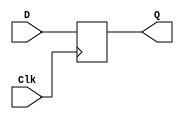
`timescale 1ns / 1ps

module DFF(
    input D, Clk,
    output reg Q
    );
    
    always @(posedge Clk)
        Q <= D;
    
endmodule

module INV(
    input A,
    output B
    );
    
    assign B = ~A;
endmodule

module threeBitReg(
        input [2:0]D,
        input Clk,
        output [2:0]Q
    );
    
    DFF dff1(.D(D[0]), .Clk(Clk), .Q(Q[0]));
    DFF dff2(.D(D[1]), .Clk(Clk), .Q(Q[1]));
    DFF dff3(.D(D[2]), .Clk(Clk), .Q(Q[2]));
endmodule

module twoBitReg(
        input [1:0]D,
        input Clk,
        output [1:0]Q
    );
    
    DFF dff1(.D(D[0]), .Clk(Clk), .Q(Q[0]));
    DFF dff2(.D(D[1]), .Clk(Clk), .Q(Q[1]));
endmodule

module genMUX(
    input [1:0]S,
    input A, B, C, D,
    output Out
    );
    
    assign Out = S[1] ? (S[0] ? D : C) : (S[0] ? B : A);
    
endmodule

module MUX(
    input [1:0]S,
    input YFULL, NCTO, NEMPTY,
    output Out
    );
    
    genMUX m1(.S(S), .A(YFULL), .B(NCTO), .C(NEMPTY), .Out(Out));
    
endmodule

module genDECODER(
    input [1:0]Code,
    output reg [3:0]Data
    );
    
    always @(Code)
    begin
        if(Code == 0) Data = 4'b0001; else
        if(Code == 1) Data = 4'b0010; else
        if(Code == 2) Data = 4'b0100; else
        if(Code == 3) Data = 4'b1000; else
                      Data = 4'bx;
    end
    
endmodule

module DEC1(
    input [1:0]S,
    output HBELL, LCOLDW, HAGIT
    );
    wire hanging;
    genDECODER dec1(.Code(S), .Data({hanging ,HAGIT, LCOLDW, HBELL}));
    
endmodule

module DEC2(
    input [1:0]S,
    output LSPIN, HWOUT, HWIN
    );
    wire hanging;
    genDECODER dec1(.Code(S), .Data({HWIN, HWOUT, LSPIN, hanging}));
    
endmodule

module ROM(
    input [5:0]A,
    output reg [8:0]D
    );
    
//    initial
//    D <= 9'b000_00_00_11;
    
    always @(A)
    case(A)
        //State0
        6'b000_0_0_0 : D <= 9'b000_00_00_11;
        6'b000_1_1_0 : D <= 9'b000_00_11_01;
        6'b000_1_0_0 : D <= 9'b000_00_11_11;
        6'b000_1_0_1 : D <= 9'b001_01_00_11;
        //State1
        6'b001_0_0_0 : D <= 9'b001_01_00_11;
        6'b001_1_0_0 : D <= 9'b010_10_00_11;
        6'b001_1_0_1 : D <= 9'b001_01_00_10;
        //State2
        6'b010_0_0_0 : D <= 9'b010_10_00_11;
        6'b010_1_0_0 : D <= 9'b011_00_00_11;
        6'b010_1_0_1 : D <= 9'b010_10_10_11;
        //State3
        6'b011_0_0_0 : D <= 9'b011_00_00_11;
        6'b011_1_0_0 : D <= 9'b011_00_11_11;
        6'b011_1_0_1 : D <= 9'b100_01_00_11;
        //State4
        6'b100_0_0_0 : D <= 9'b100_01_00_11;
        6'b100_1_0_0 : D <= 9'b101_10_00_11;
        6'b100_1_0_1 : D <= 9'b100_01_00_10;
        //State5
        6'b101_0_0_0 : D <= 9'b101_10_00_11;
        6'b101_1_0_0 : D <= 9'b110_01_00_11;
        6'b101_1_0_1 : D <= 9'b101_10_10_11;
        //State6
        6'b110_0_0_0 : D <= 9'b110_01_00_11;
        6'b110_1_0_0 : D <= 9'b000_00_00_00;
        6'b110_1_0_1 : D <= 9'b110_01_01_11;
        default : D <= 9'b000_00_00_11;
    endcase
endmodule

module ASM(
    input YFULL, NCTO, NEMPTY, NHOT, YSTART, Clk,
    output HBELL, LCOLDW, HAGIT, LSPIN, HWOUT, HWIN
    );
    
    wire [1:0]toDec1;
    wire [1:0]toDec2;
    wire [1:0]toTwoBitReg;
    wire [2:0]toThreeBitReg;
    wire [1:0]fromTwoBitReg;
    wire [2:0]fromThreeBitReg;
    wire fromMux;
    wire toInv1;
    wire toInv2;
    
    ROM romTable(.A({fromThreeBitReg, YSTART, NHOT, fromMux}), .D({toThreeBitReg, toTwoBitReg, toDec2, toDec1}));
    
    DEC1 dec1(.S(toDec1), .HBELL(HBELL), .LCOLDW(toInv1), .HAGIT(HAGIT));
    DEC2 dec2(.S(toDec2), .LSPIN(toInv2), .HWOUT(HWOUT), .HWIN(HWIN));
    
    INV inv1(.A(toInv1), .B(LCOLDW));
    INV inv2(.A(toInv2), .B(LSPIN));
    
    twoBitReg dff1(.D(toTwoBitReg), .Clk(Clk), .Q(fromTwoBitReg));
    threeBitReg dff2(.D(toThreeBitReg), .Clk(Clk), .Q(fromThreeBitReg));
    
    MUX mux1(.S(fromTwoBitReg), .YFULL(YFULL), .NCTO(NCTO), .NEMPTY(NEMPTY), .Out(fromMux));
   
endmodule

//module ROM(
//    input [5:0]A,
//    input Clk,
//    output reg [8:0]D
//    );
    
//    reg [5:0]PS;
//    always @(posedge Clk)
//    PS <= A;
    
//    initial
//    PS <= 0;
    
//    always@(posedge Clk)
//    begin
//        case(PS)
//            6'h0:
//                D <= 9'h003;
//            6'h1:
//                D <= 9'h003;
//            6'h2:
//                D <= 9'h003;
//            6'h3:
//                D <= 9'h003;
//            6'h4:
//                D <= 9'h00F;
//            6'h5:
//                D <= 9'h053;
//            6'h6:
//                D <= 9'h00D;
//            6'h7:
//                D <= 9'h051;
//            6'h8:
//                D <= 9'h053;
//            6'h9:
//                D <= 9'h053;
//            6'hA:
//                D <= 9'h053;
//            6'hB:
//                D <= 9'h053;
//            6'hC:
//                D <= 9'h0A3;
//            6'hD:
//                D <= 9'h052;
//            6'hE:
//                D <= 9'h0A3;
//            6'hF:
//                D <= 9'h052;
//            6'h10:
//                D <= 9'h0A3;
//            6'h11:
//                D <= 9'h0A3;
//            6'h12:
//                D <= 9'h0A3;
//            6'h13:
//                D <= 9'h0A3;
//            6'h14:
//                D <= 9'h0C3;
//            6'h15:
//                D <= 9'h0AB;
//            6'h16:
//                D <= 9'h0C3;
//            6'h17:
//                D <= 9'h0AB;
//            6'h18:
//                D <= 9'h0C3;
//            6'h19:
//                D <= 9'h0C3;
//            6'h1A:
//                D <= 9'h0C3;
//            6'h1B:
//                D <= 9'h0C3;
//            6'h1C:
//                D <= 9'h0CF;
//            6'h1D:
//                D <= 9'h113;
//            6'h1E:
//                D <= 9'h0CF;
//            6'h1F:
//                D <= 9'h113;
//            6'h20:
//                D <= 9'h113;
//            6'h21:
//                D <= 9'h113;
//            6'h22:
//                D <= 9'h113;
//            6'h23:
//                D <= 9'h113;
//            6'h24:
//                D <= 9'h163;
//            6'h25:
//                D <= 9'h112;
//            6'h26:
//                D <= 9'h163;
//            6'h27:
//                D <= 9'h112;
//            6'h28:
//                D <= 9'h163;
//            6'h29:
//                D <= 9'h163;
//            6'h2A:
//                D <= 9'h163;
//            6'h2B:
//                D <= 9'h163;
//            6'h2C:
//                D <= 9'h193;
//            6'h2D:
//                D <= 9'h16B;
//            6'h2E:
//                D <= 9'h193;
//            6'h2F:
//                D <= 9'h16B;
//            6'h30:
//                D <= 9'h193;
//            6'h31:
//                D <= 9'h193;
//            6'h32:
//                D <= 9'h193;
//            6'h33:
//                D <= 9'h193;
//            6'h34:
//                D <= 9'h000;
//            6'h35:
//                D <= 9'h197;
//            6'h36:
//                D <= 9'h000;
//            6'h37:
//                D <= 9'h197;
//        endcase
//    end
    
//endmodule

//module genDECODER(
//    input [1:0]S,
//    output reg A, B, C, D
//    );
    
//    always @ (S[1] or S[0])
//        if(S[1] & 1)
//            begin
//            if(S[0] & 1)
//                begin
//                A = 0; B = 0; C = 0; D = 1;
//                end
//            else
//                A = 0; B = 0; C = 1; D = 0;
//            end
//        else
//            begin
//            if(S[0] & 1)
//                begin
//                A = 0; B = 1; C = 0; D = 0;
//                end
//            else
//                A = 1; B = 0; C = 0; D = 0;
//            end
    
//endmodule